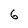
Character: 6